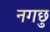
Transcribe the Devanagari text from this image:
नगछु